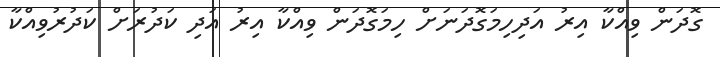
ގޮދަން ވިއްކާ އިރު އަދިހިމަގޮދަނަށް ހިމަގޮދަން ވިއްކާ އިރު އަދި ކަދުރަށް ކަދުރުވިއްކާ